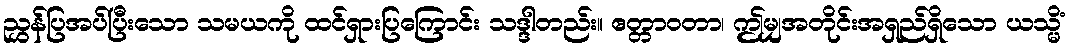
ညွှန်ပြအပ်ပြီးသော သမယကို ထင်ရှားပြကြောင်း သဒ္ဒါတည်း။ ဧတ္တာဝတာ၊ ဤမျှအတိုင်းအရှည်ရှိသော ယသ္မိံ